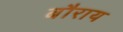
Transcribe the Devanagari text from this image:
बौराय